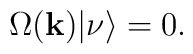
\Omega({\bf k})|\nu\rangle = 0.